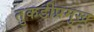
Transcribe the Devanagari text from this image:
तुकडीप्रमुख